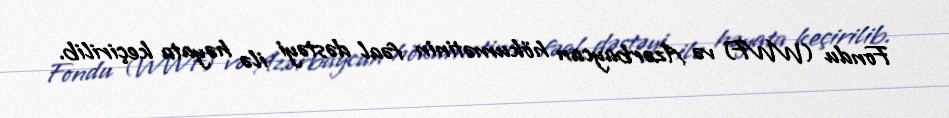
Fondu (WWF) və Azərbaycan hökumətinin fəal dəstəyi ilə həyata keçirilib.